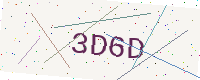
Text: 3D6D